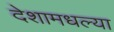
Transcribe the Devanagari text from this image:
देशामधल्या